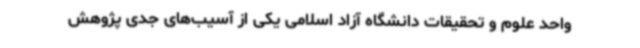
واحد علوم و تحقیقات دانشگاه آزاد اسلامی یکی از آسیب‌های جدی پژوهش